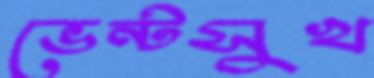
ভেন্টসুখ